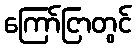
ကြော်ငြာတွင်